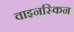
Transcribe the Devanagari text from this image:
वाइनस्किन